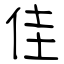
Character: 佳